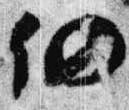
仍